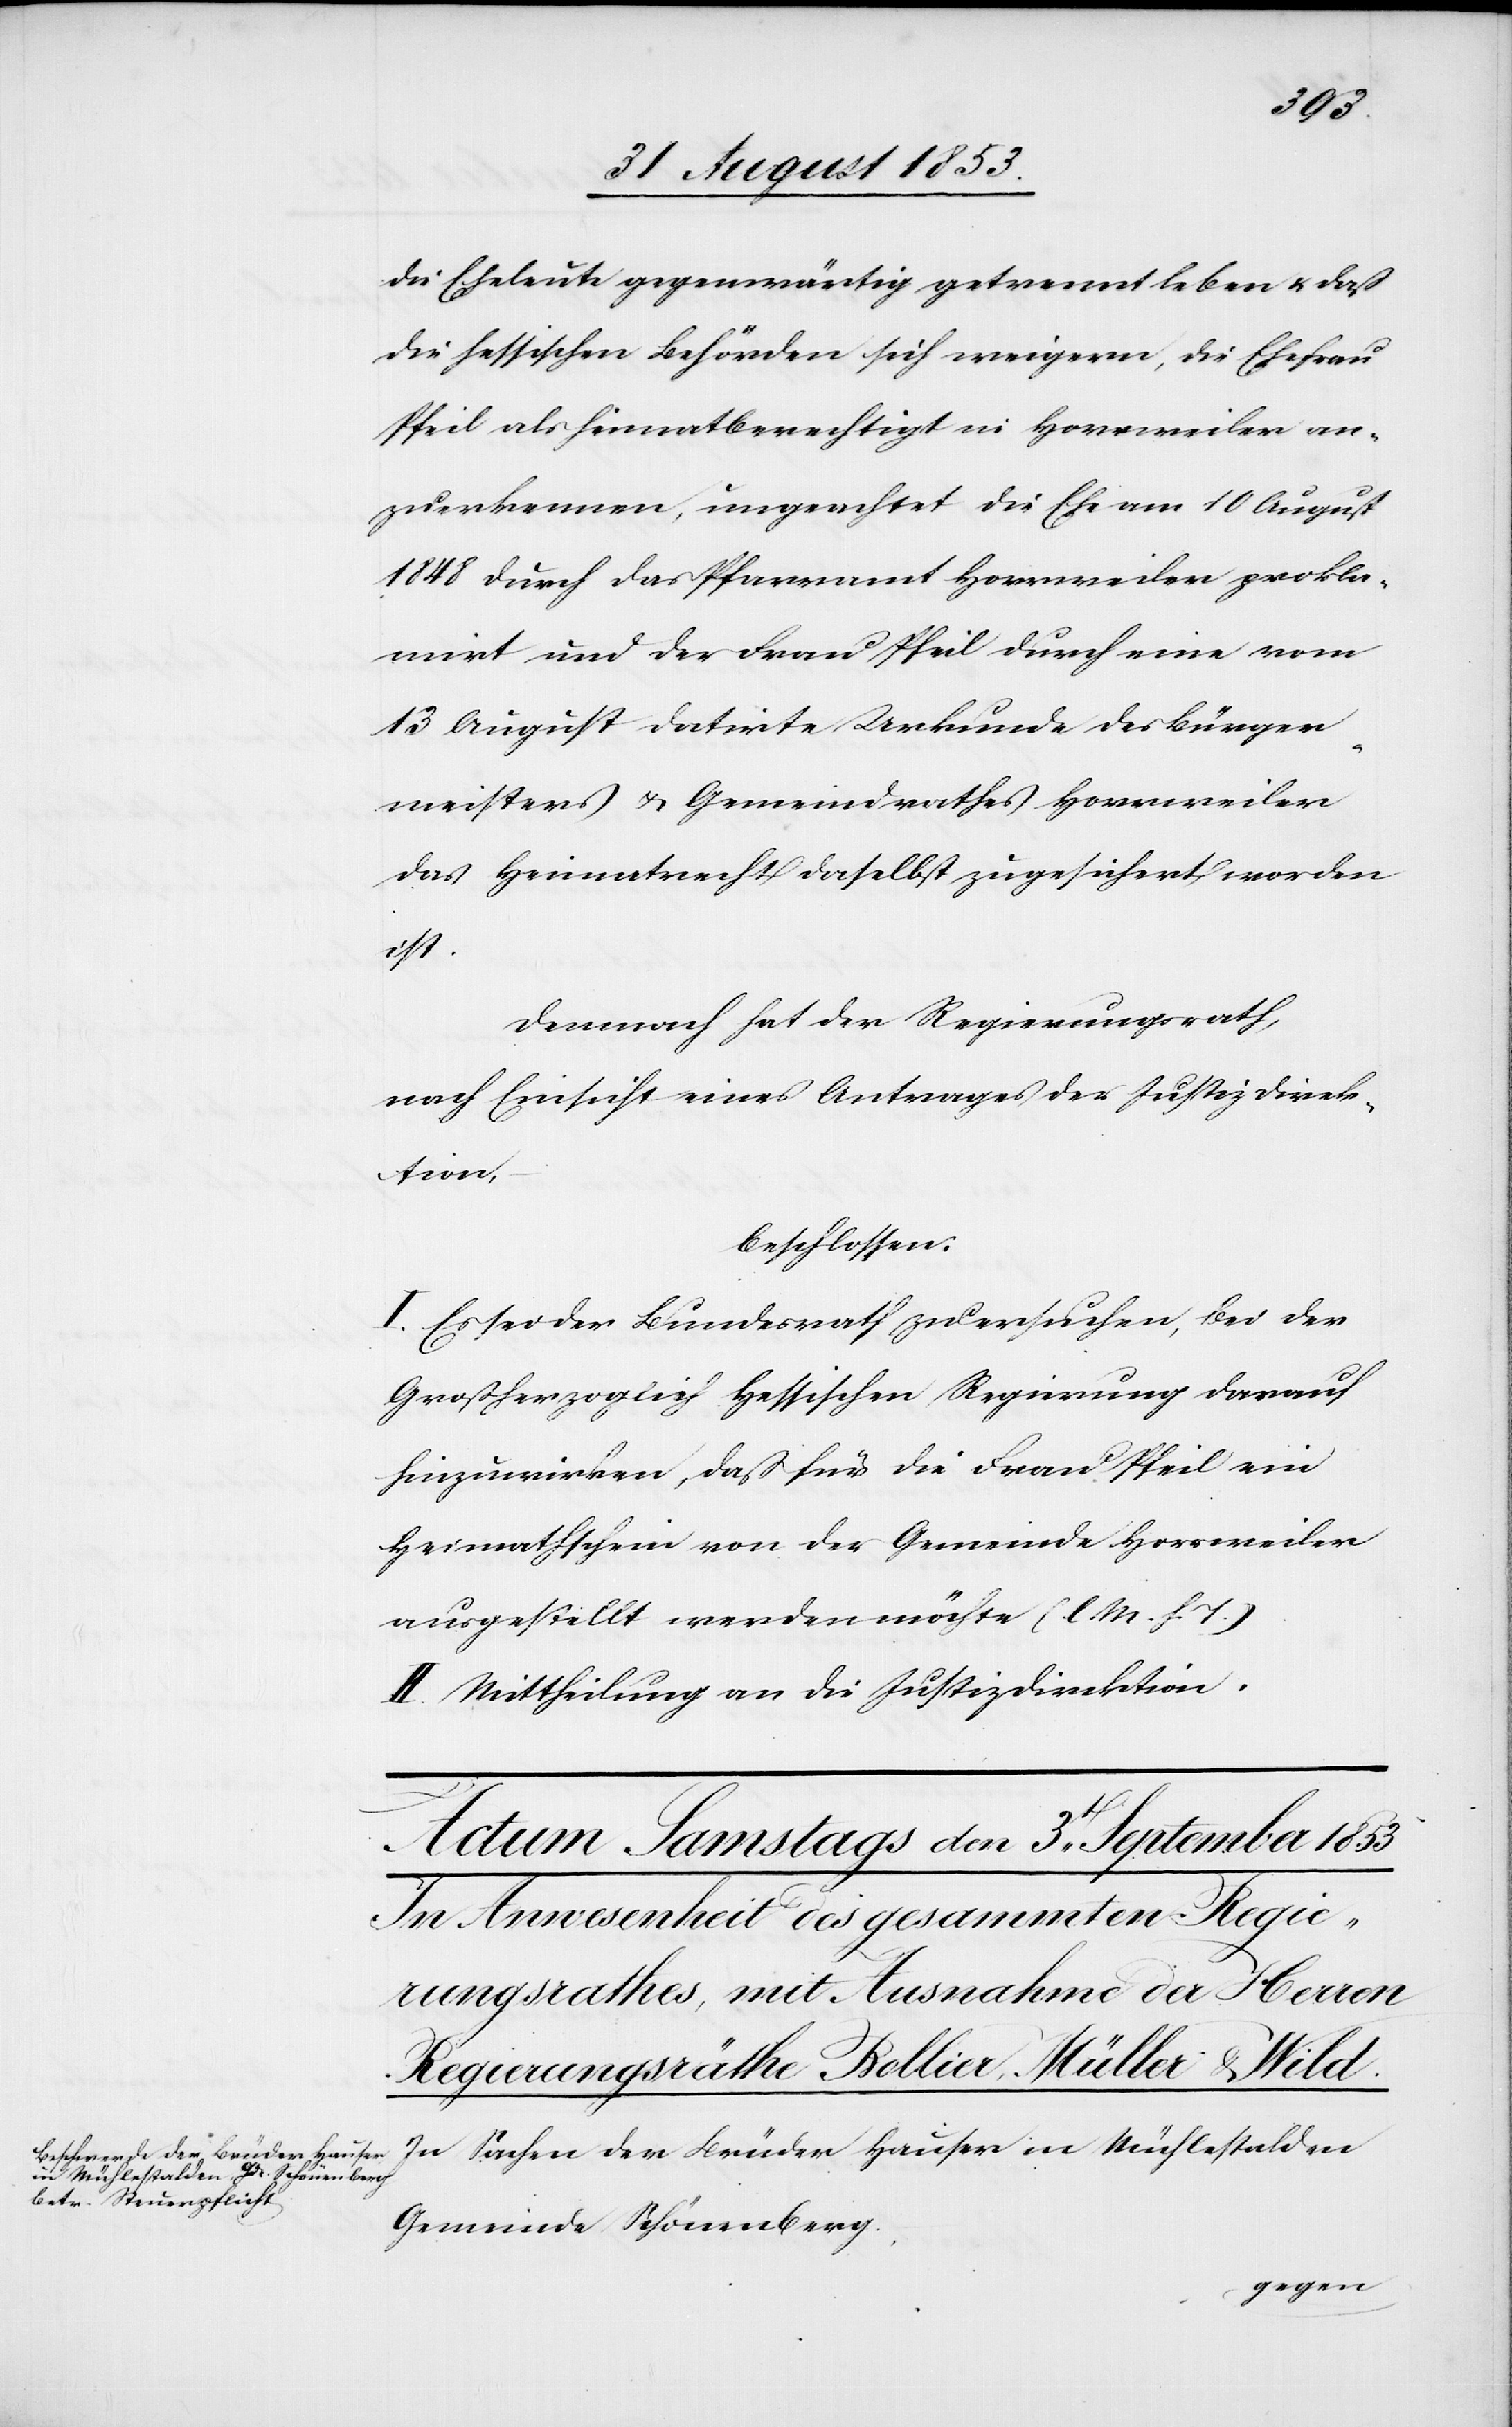
die Eheleute gegenwärtig getrennt leben u. daß
die hessischen Behörden sich weigern, die Ehefrau
Pfeil als heimatberechtigt in Horrweiler an¬
zuerkennen, ungeachtet die Ehe am 10 August
1848 durch das Pfarramt Horrweiler prokla¬
mirt und der Frau Pfeil durch eine vom
13 August datirte Urkunde des Bürger¬
meisters u. Gemeindrathes Horrweiler
das Heimatrecht daselbst zugesichert worden
ist.
Demnach hat der Regierungsrath,
nach Einsicht eines Antrages der Justizdirek¬
tion,
beschlossen:
I. Es sei der Bundesrath zu ersuchen, bei der
Großherzoglich Hessischen Regierung darauf
hinzuwirken, daß für die Frau Pfeil ein
Heimatschein von der Gemeinde Horrweiler
ausgestellt werden möchte [l. M. h. T].
III. Mittheilung an die Justizdirektion.
In Sachen der Brüder Hauser in Mühlestalden
Gemeinde Schönenberg,